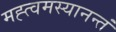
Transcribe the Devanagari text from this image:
मह्त्वमस्यानन्तं